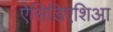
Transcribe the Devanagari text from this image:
ऐसिडिएशिआ